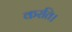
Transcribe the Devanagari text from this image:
करति।